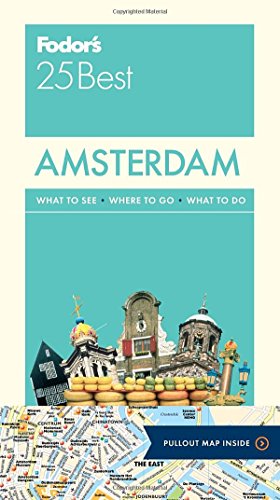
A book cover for Fodor's Amsterdam 25 Best (Full-color Travel Guide); Fodor's; Travel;